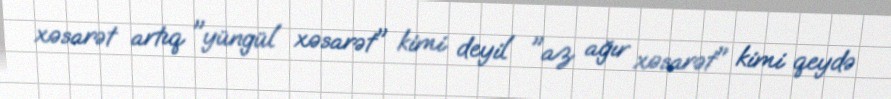
xəsarət artıq "yüngül xəsarət" kimi deyil "az ağır xəsarət" kimi qeydə